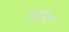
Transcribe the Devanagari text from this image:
९इंच